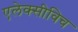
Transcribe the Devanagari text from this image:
एलेक्सीविच